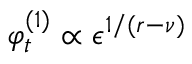
\varphi _ { t } ^ { ( 1 ) } \propto \epsilon ^ { 1 / ( r - \nu ) }